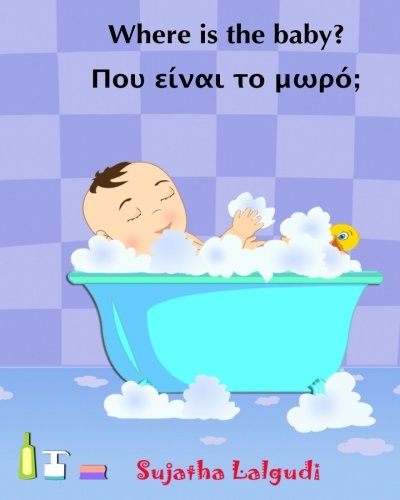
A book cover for Greek book for children: Where is the baby (Greek Edition): Children's book in Greek. Picture book in Greek. Greek Language children's book. Greek ... (Greek language books for kids) (Volume 1); Sujatha Lalgudi; Children's Books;